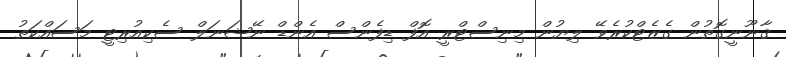
ޤާނޫނީގޮތުން ގެޒެޓްކުރެވޭ ލިޔުން މިނިސްޓްރީ އޮފް ޑިފެންސް އެންޑް ނޭޝަނަލް ސެކިއުރިޓީ މަސައްކަތު